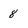
Character: 8